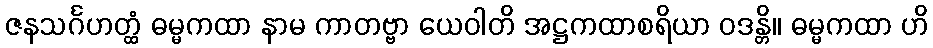
ဇနသင်္ဂဟတ္ထံ ဓမ္မကထာ နာမ ကာတဗ္ဗာ ယေဝါတိ အဋ္ဌကထာစရိယာ ဝဒန္တိ။ ဓမ္မကထာ ဟိ